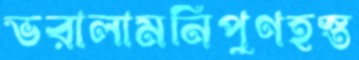
ভরালামনিপুণহস্ত